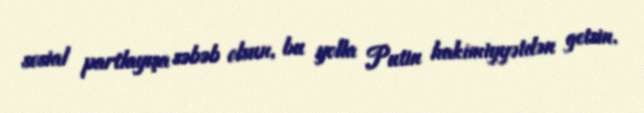
sosial partlayışa səbəb olsun, bu yolla Putin hakimiyyətdən getsin.